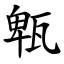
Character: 㼰